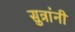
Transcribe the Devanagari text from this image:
सुत्रांनी